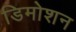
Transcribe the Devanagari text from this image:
डिमोशन